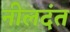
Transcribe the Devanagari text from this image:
नीलदंत